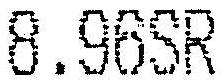
8.96SR